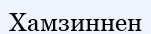
Хамзиннен